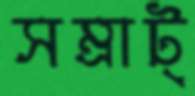
সম্রাট্‌